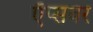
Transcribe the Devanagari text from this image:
ऍप्सवर